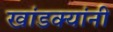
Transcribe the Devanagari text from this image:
खांडक्यांनी